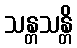
သန္တသန္တိ